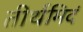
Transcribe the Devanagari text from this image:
तीर्थमिदं